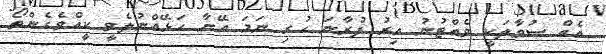
އެއް ސުވާލަކީ ވެއްޓުނު އިރު ފުރާނަ ހުރި ނަމަ އޭނާ ހަޅޭއްނުލެވީ ކީއްވެގެންތޯ